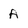
Character: a